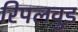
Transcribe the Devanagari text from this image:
रिपलवुड